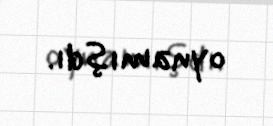
oynamışdı.